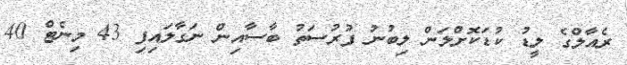
ރެއާލްގެ ލީޑު ކުޑަކޮށްލަން ލިބުނު ފުރުސަތު ބާސާއިން ނަގާލައިފި 43 މިނެޓް 40